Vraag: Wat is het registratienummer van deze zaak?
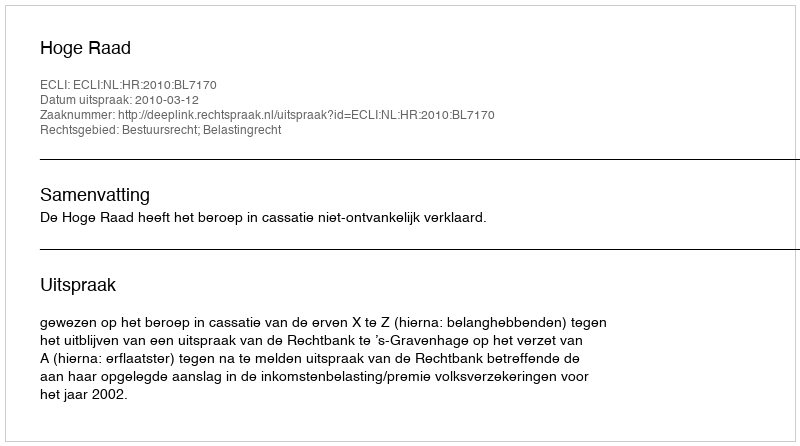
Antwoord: http://deeplink.rechtspraak.nl/uitspraak?id=ECLI:NL:HR:2010:BL7170